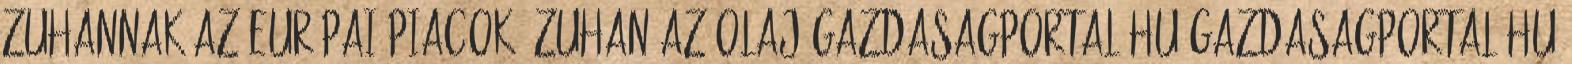
Zuhannak az Európai piacok, zuhan az olaj gazdasagportal.hu gazdasagportal.hu